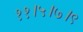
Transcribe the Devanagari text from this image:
११।५।७।९